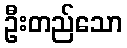
ဦးတည်သော